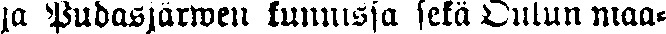
ja Pudasjärwen kunnissa sekä Oulun maa-